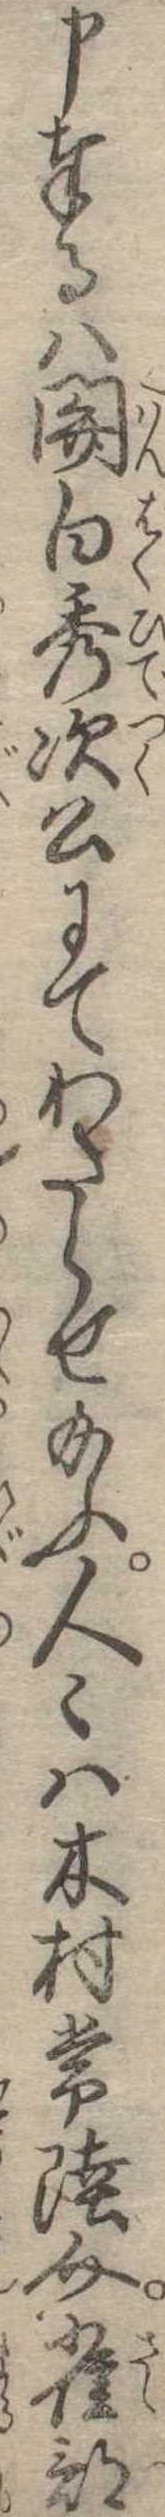
申奉るは関白秀次公にてわたらせ給ふ人は木村常陸介雀部